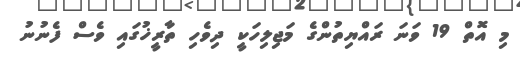
މި އޮތް 19 ވަނަ ރައްޔިތުންގެ މަޖިލިހަކީ ދިވެހި ތާރީޚުގައި ވެސް ފެނުނު